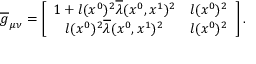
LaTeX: \overline { { { g } } } _ { \mu \nu } = \left[ \begin{array} { c c } { { 1 + l ( x ^ { 0 } ) ^ { 2 } \overline { { { \lambda } } } ( x ^ { 0 } , x ^ { 1 } ) ^ { 2 } } } & { { l ( x ^ { 0 } ) ^ { 2 } } } \\ { { l ( x ^ { 0 } ) ^ { 2 } \overline { { { \lambda } } } ( x ^ { 0 } , x ^ { 1 } ) ^ { 2 } } } & { { l ( x ^ { 0 } ) ^ { 2 } } } \end{array} \right] .